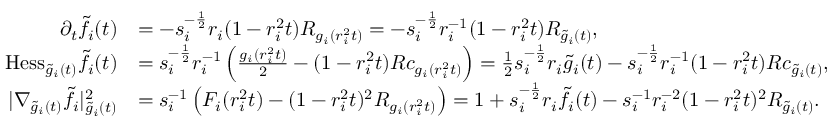
\begin{array} { r l } { \partial _ { t } \tilde { f } _ { i } ( t ) } & { = - s _ { i } ^ { - \frac 1 2 } r _ { i } ( 1 - r _ { i } ^ { 2 } t ) R _ { g _ { i } ( r _ { i } ^ { 2 } t ) } = - s _ { i } ^ { - \frac 1 2 } r _ { i } ^ { - 1 } ( 1 - r _ { i } ^ { 2 } t ) R _ { \tilde { g } _ { i } ( t ) } , } \\ { \mathrm { H e s s } _ { \tilde { g } _ { i } ( t ) } \tilde { f } _ { i } ( t ) } & { = s _ { i } ^ { - \frac 1 2 } r _ { i } ^ { - 1 } \left( \frac { g _ { i } ( r _ { i } ^ { 2 } t ) } { 2 } - ( 1 - r _ { i } ^ { 2 } t ) R c _ { g _ { i } ( r _ { i } ^ { 2 } t ) } \right) = \frac { 1 } { 2 } s _ { i } ^ { - \frac 1 2 } r _ { i } \tilde { g } _ { i } ( t ) - s _ { i } ^ { - \frac 1 2 } r _ { i } ^ { - 1 } ( 1 - r _ { i } ^ { 2 } t ) R c _ { \tilde { g } _ { i } ( t ) } , } \\ { | \nabla _ { \tilde { g } _ { i } ( t ) } \tilde { f } _ { i } | _ { \tilde { g } _ { i } ( t ) } ^ { 2 } } & { = s _ { i } ^ { - 1 } \left( F _ { i } ( r _ { i } ^ { 2 } t ) - ( 1 - r _ { i } ^ { 2 } t ) ^ { 2 } R _ { g _ { i } ( r _ { i } ^ { 2 } t ) } \right) = 1 + s _ { i } ^ { - \frac 1 2 } r _ { i } \tilde { f } _ { i } ( t ) - s _ { i } ^ { - 1 } r _ { i } ^ { - 2 } ( 1 - r _ { i } ^ { 2 } t ) ^ { 2 } R _ { \tilde { g } _ { i } ( t ) } . } \end{array}